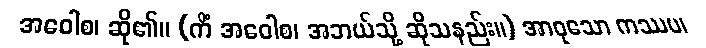
အဝေါစ၊ ဆို၏။ (ကိံ အဝေါစ၊ အဘယ်သို့ ဆိုသနည်း။) အာဝုသော ကဿပ၊